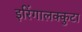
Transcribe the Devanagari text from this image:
इरिंगालक्कुटा